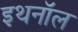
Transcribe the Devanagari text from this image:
इथनॉल